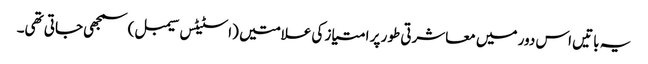
یہ باتیں اس دور میں معاشرتی طور پر امتیاز کی علامتیں (اسٹیٹس سیمبل) سمجھی جاتی تھی۔